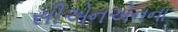
સીએનએનના